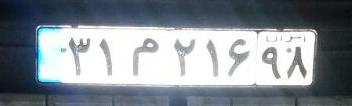
۳۱م۲۱۶۹۸